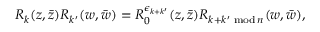
{ R } _ { k } ( z , \bar { z } ) { R } _ { k ^ { \prime } } ( w , \bar { w } ) = { R } _ { 0 } ^ { \epsilon _ { k + k ^ { \prime } } } ( z , \bar { z } ) { R } _ { k + k ^ { \prime } \, \, \mathrm { m o d } \, n } ( w , \bar { w } ) ,